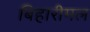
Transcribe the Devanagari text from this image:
बिहारीमल